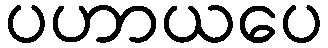
ပဟာယပေ